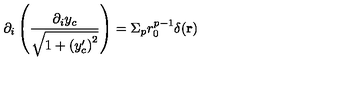
\partial _ { i } \left( \frac { \partial _ { i } y _ { c } } { \sqrt { 1 + \left( y _ { c } ^ { \prime } \right) ^ { 2 } } } \right) = \Sigma _ { p } r _ { 0 } ^ { p - 1 } \delta ( { \bf r } )